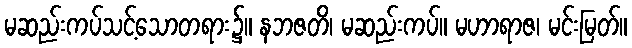
မဆည်းကပ်သင့်သောတရား၌။ နဘဇတိ၊ မဆည်းကပ်။ မဟာရာဇ၊ မင်းမြတ်။